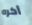
أكره